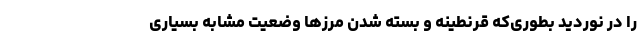
را در نوردید بطوری‌که قرنطینه و بسته شدن مرزها وضعیت مشابه بسیاری